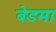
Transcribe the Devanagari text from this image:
बेडमा